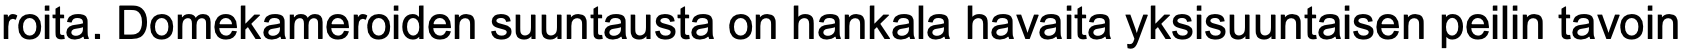
roita. Domekameroiden suuntausta on hankala havaita yksisuuntaisen peilin tavoin